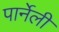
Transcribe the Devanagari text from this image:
पार्नेली